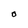
Character: O